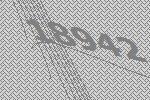
18942